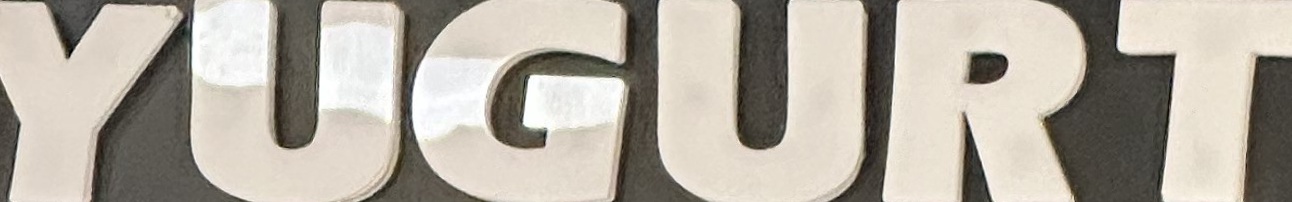
YUGURT